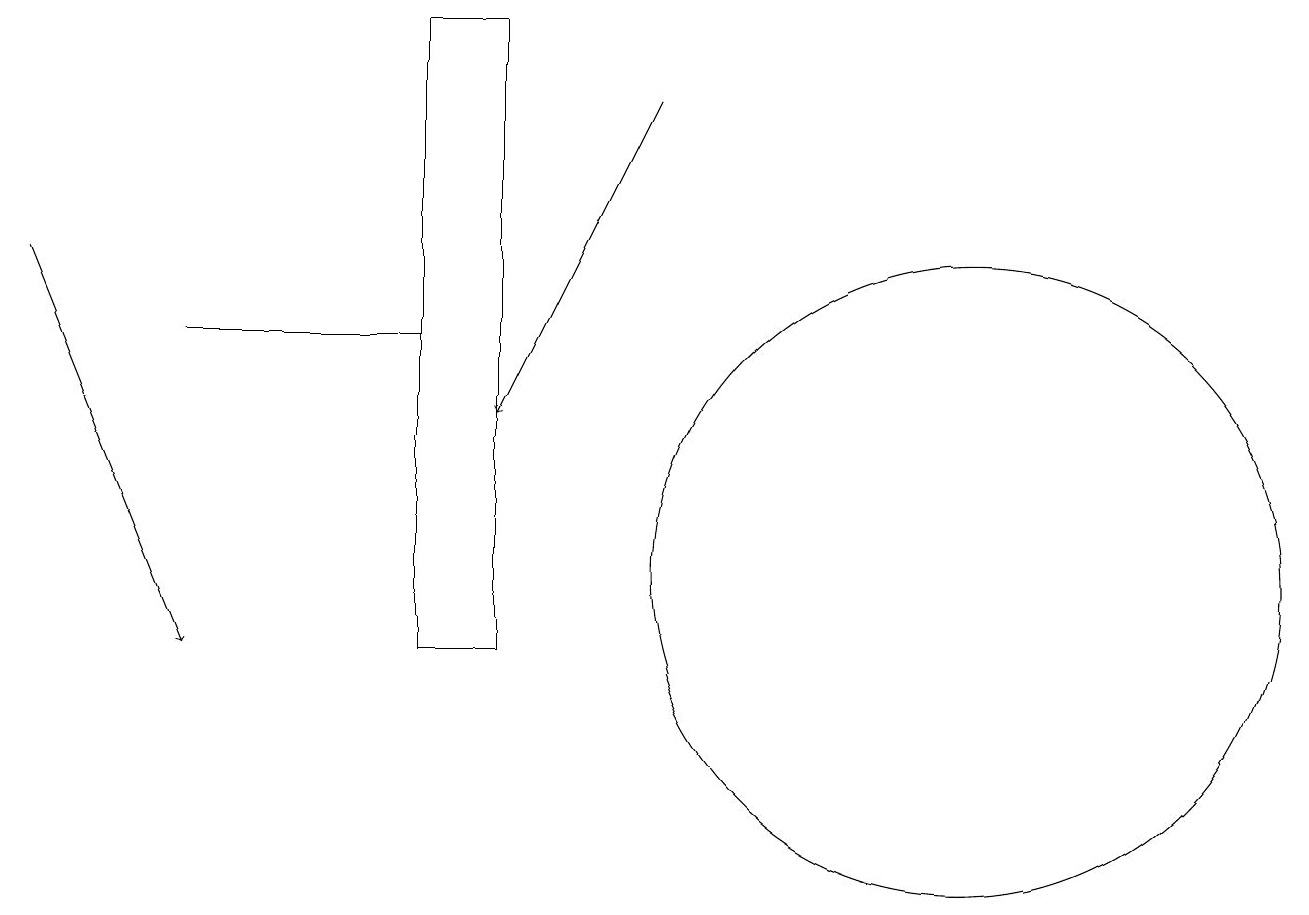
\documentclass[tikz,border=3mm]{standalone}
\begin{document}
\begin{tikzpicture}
\draw[->] (8,18) -- (6,14);
\draw (12,12) circle (4);
\draw (5,11) rectangle (6,19);
\draw (5,15) rectangle (2,15);
\draw[->] (0,16) -- (2,11);
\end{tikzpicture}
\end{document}